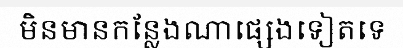
មិនមានកន្លែងណាផ្សេងទៀតទេ